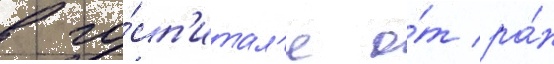
в го́сп'итал'е о́т ра́н